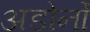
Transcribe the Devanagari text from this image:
अडोर्नो